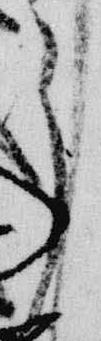
了